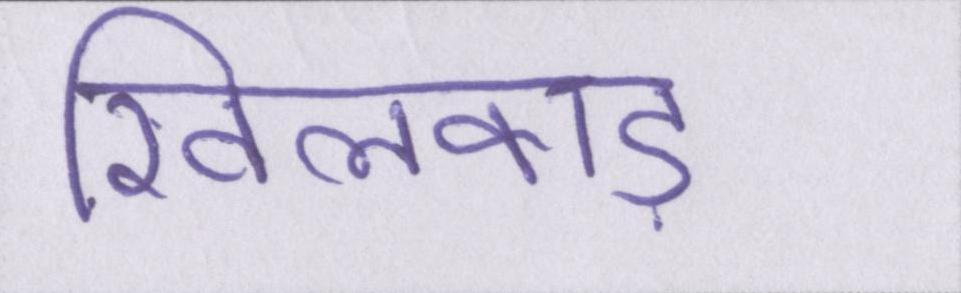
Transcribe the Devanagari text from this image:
खिलवाड़